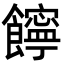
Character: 䭢